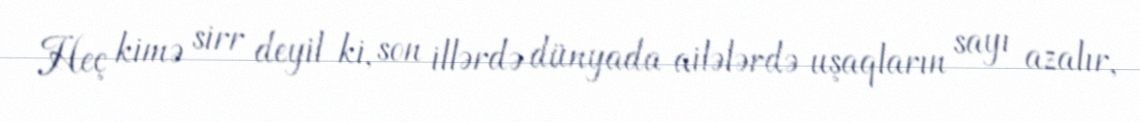
Heç kimə sirr deyil ki, son illərdə dünyada ailələrdə uşaqların sayı azalır,